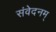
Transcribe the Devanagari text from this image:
संवेदनम्‌